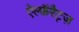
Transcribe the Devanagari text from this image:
ऐल्फ़ॅरैट्ज़